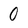
Character: 0